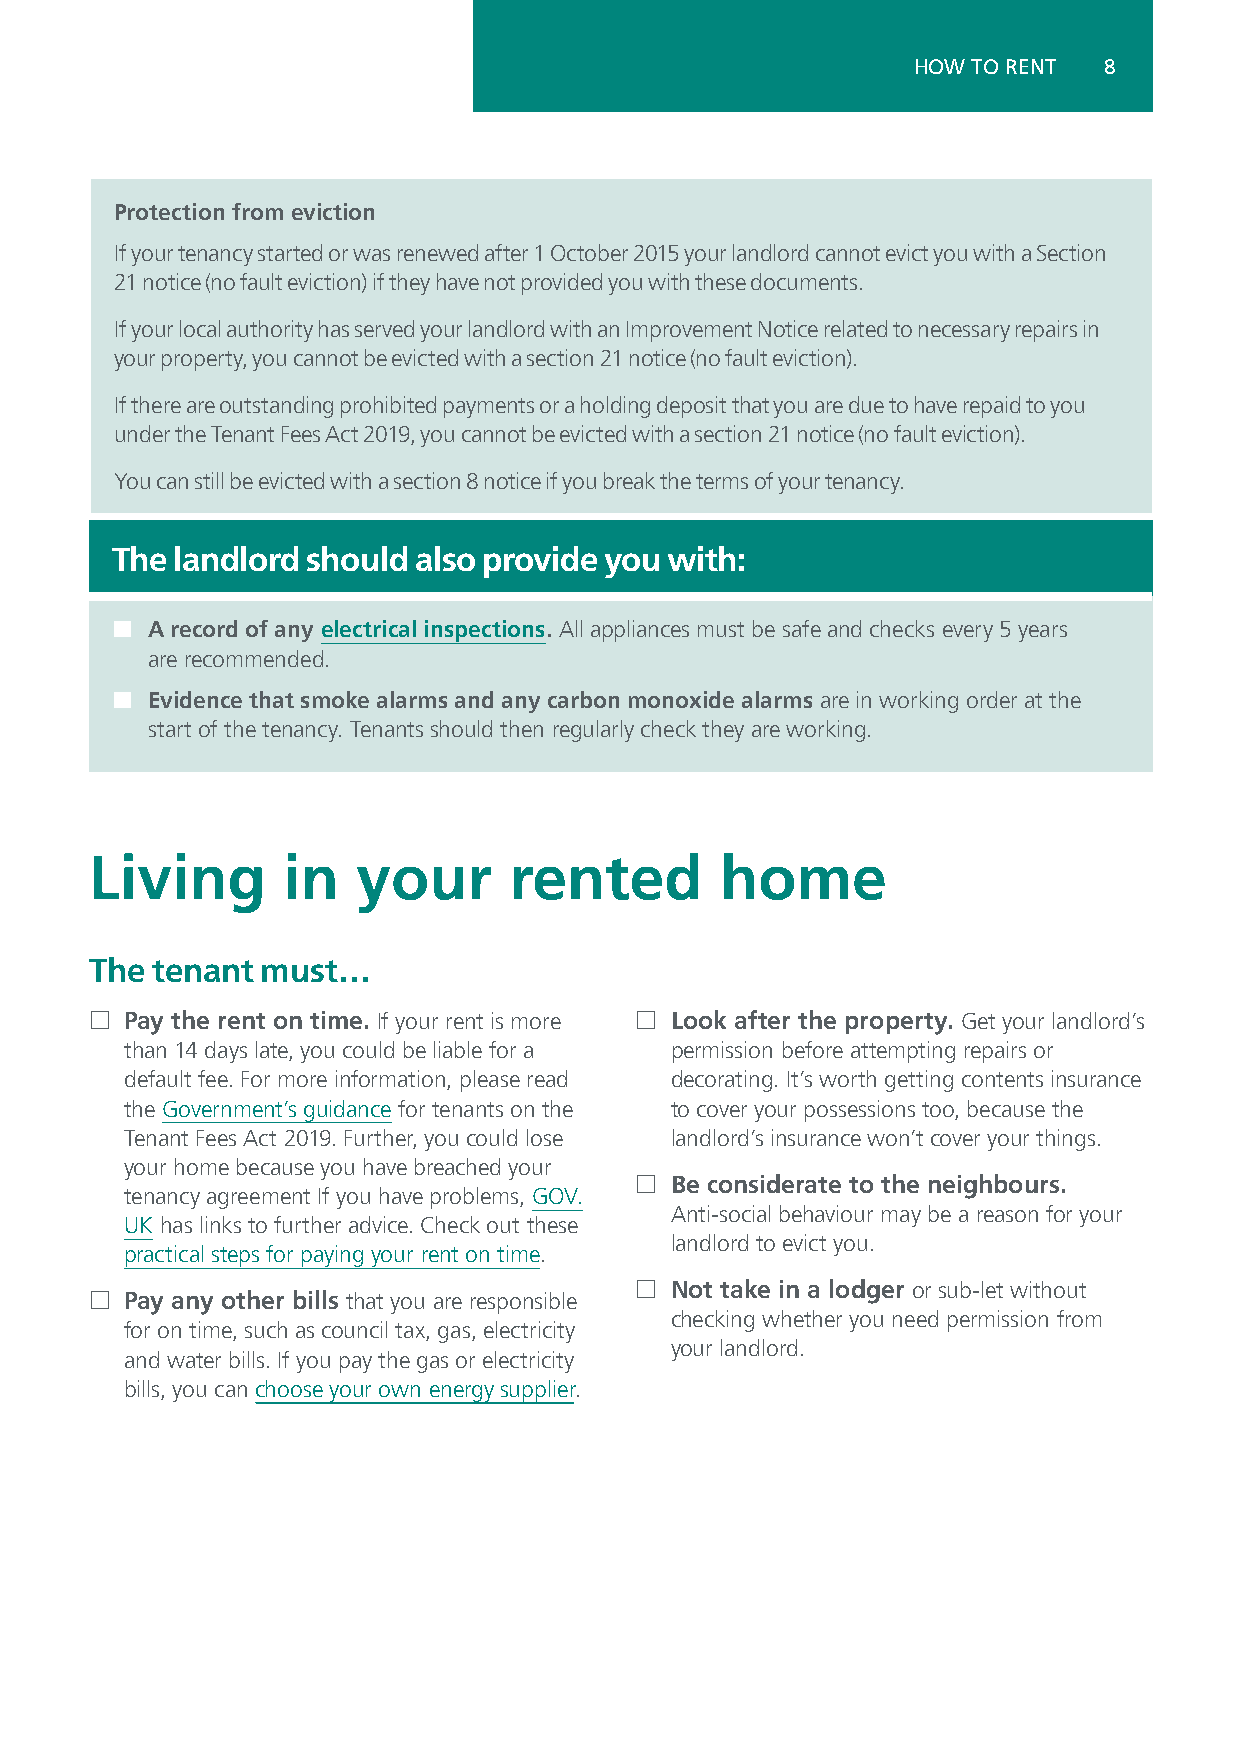
HOW TO RENT  8
 Protection from eviction
 If your tenancy started or was renewed after 1 October 2015 your landlord cannot evict you with a Section
 21 notice (no fault eviction) if they have not provided you with these documents.
 If your local authority has served your landlord with an Improvement Notice related to necessary repairs in
 your property, you cannot be evicted with a section 21 notice (no fault eviction).
 If there are outstanding prohibited payments or a holding deposit that you are due to have repaid to you
 under the Tenant Fees Act 2019, you cannot be evicted with a section 21 notice (no fault eviction).
 You can still be evicted with a section 8 notice if you break the terms of your tenancy.
 The  landlord should also provide you with:
 ¢  A record of any electrical inspections. All appliances must be safe and checks every 5 years
 are recommended.
 ¢  Evidence that smoke alarms and any carbon monoxide alarms are in working order at the
 start of the tenancy. Tenants should then regularly check they are working.
 Living       in   your      rented        home
 The tenant must…
 £ Pay the rent on time. If your rent is more £ Look after the property. Get your landlord’s
 than 14 days late, you could be liable for a permission before attempting repairs or
 default fee. For more information, please read decorating. It’s worth getting contents insurance
 the Government’s guidance for tenants on the to cover your possessions too, because the
 Tenant Fees Act 2019. Further, you could lose landlord’s insurance won’t cover your things.
 your home because you have breached your
 £ Be considerate to the neighbours.
 tenancy agreement If you have problems, GOV.
 Anti-social behaviour may be a reason for your
 UK has links to further advice. Check out these
 landlord to evict you.
 practical steps for paying your rent on time.
 £ Not take in a lodger or sub-let without
 £ Pay any other bills that you are responsible
 checking whether you need permission from
 for on time, such as council tax, gas, electricity
 your landlord.
 and water bills. If you pay the gas or electricity
 bills, you can choose your own energy supplier.